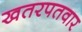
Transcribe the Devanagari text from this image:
खतरपतवार